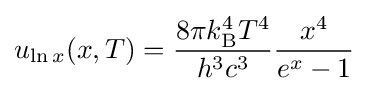
u_{\ln x}(x,T)={\frac {8\pi k_{\mathrm {B} }^{4}T^{4}}{h^{3}c^{3}}}{\frac {x^{4}}{e^{x}-1}}